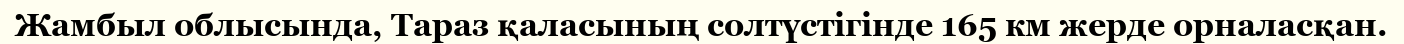
Жамбыл облысында, Тараз қаласының солтүстігінде 165 км жерде орналасқан.